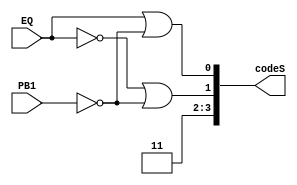
module my_status_code_continuous(PB1, EQ, codeS);
    input PB1, EQ;
    output [3:0] codeS;

    assign codeS[3] = 1;
    assign codeS[2] = 1;

    or(codeS[1], ~EQ, ~PB1);
    or(codeS[0], EQ, ~PB1);

endmodule